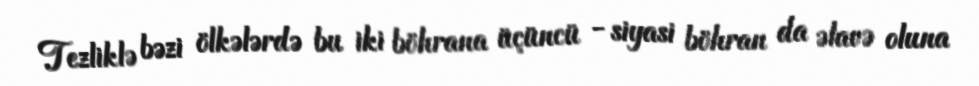
Tezliklə bəzi ölkələrdə bu iki böhrana üçüncü - siyasi böhran da əlavə oluna